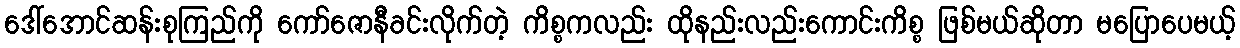
ဒေါ်အောင်ဆန်းစုကြည်ကို ကော်ဇောနီခင်းလိုက်တဲ့ ကိစ္စကလည်း ထိုနည်းလည်းကောင်းကိစ္စ ဖြစ်မယ်ဆိုတာ မပြောပေမယ့်